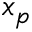
x _ { p }